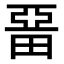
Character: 𤲢